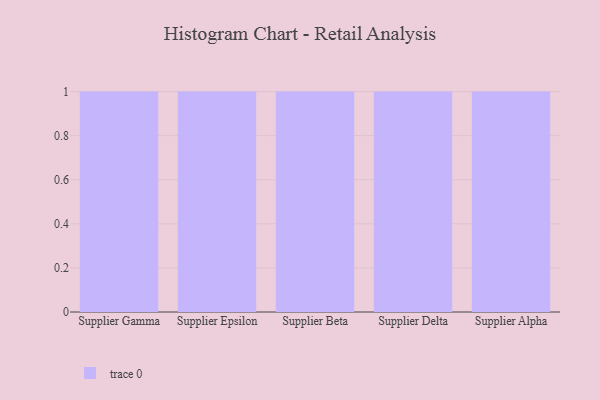
{"axis": {"x": "Supplier", "y": "Customer Acquisition Cost (USD)"}, "legend": [""], "data": [{"x": "Supplier Gamma", "y": 27, "type": ""}, {"x": "Supplier Epsilon", "y": 92, "type": ""}, {"x": "Supplier Beta", "y": 18, "type": ""}, {"x": "Supplier Delta", "y": 66, "type": ""}, {"x": "Supplier Alpha", "y": 86, "type": ""}]}